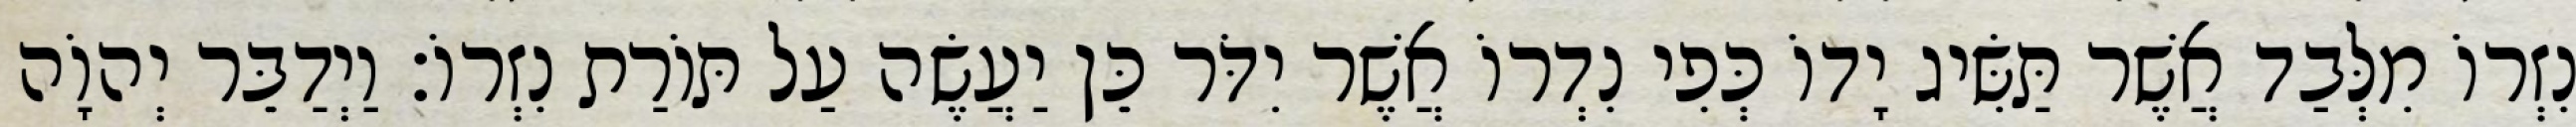
נִזְרוֹ מִלְּבַד אֲשֶׁר תַּשִּׂיג יָדוֹ כְּפִי נִדְרוֹ אֲשֶׁר יִדֹּר כֵּן יַעֲשֶׂה עַל תּוֹרַת נִזְרוֹ׃ וַיְדַבֵּר יְהוָֹה